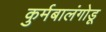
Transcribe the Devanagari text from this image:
कुर्मबालंगोडू